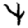
Digit: 4